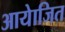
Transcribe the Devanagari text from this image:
आयेाजित